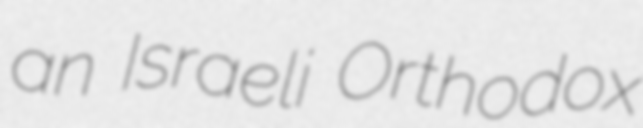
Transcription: an Israeli Orthodox